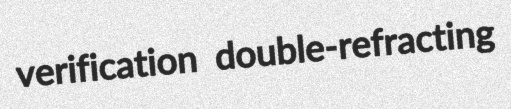
verification double-refracting